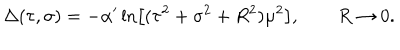
LaTeX: \Delta ( \tau , \sigma ) = - \alpha ^ { \prime } \ln \left[ ( \tau ^ { 2 } + \sigma ^ { 2 } + R ^ { 2 } ) \mu ^ { 2 } \right] , \qquad R \rightarrow 0 .